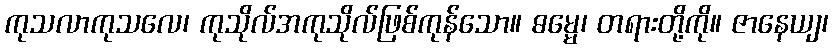
ကုသလာကုသလေ၊ ကုသိုလ်အကုသိုလ်ဖြစ်ကုန်သော။ ဓမ္မေ၊ တရားတို့ကို။ ဇာနေယျ၊